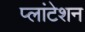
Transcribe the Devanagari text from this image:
प्लांटेशन